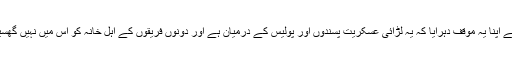
پولیس سربراہ نے اپنا یہ موقف دہرایا کہ یہ لڑائی عسکریت پسندوں اور پولیس کے درمیان ہے اور دونوں فریقوں کے اہلِ خانہ کو اس میں نہیں گھسیٹنا جانا چاہیے۔